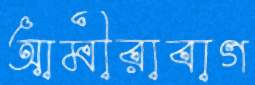
আমীরাবাগ